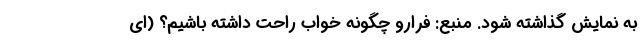
به نمایش گذاشته شود. منبع: فرارو چگونه خواب راحت داشته باشیم؟ (ای